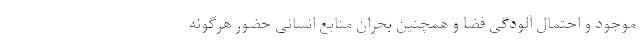
موجود و احتمال آلودگی فضا و همچنین بحران منابع انسانی حضور هرگونه